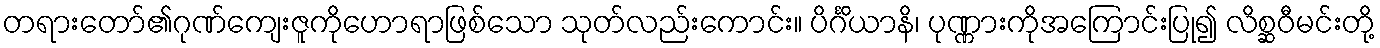
တရားတော်၏ဂုဏ်ကျေးဇူကိုဟောရာဖြစ်သော သုတ်လည်းကောင်း။ ပိင်္ဂိယာနိ၊ ပုဏ္ဏားကိုအကြောင်းပြု၍ လိစ္ဆဝီမင်းတို့